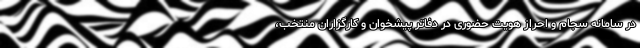
در سامانه سجام و احراز هویت حضوری در دفاتر پیشخوان و کارگزاران منتخب،